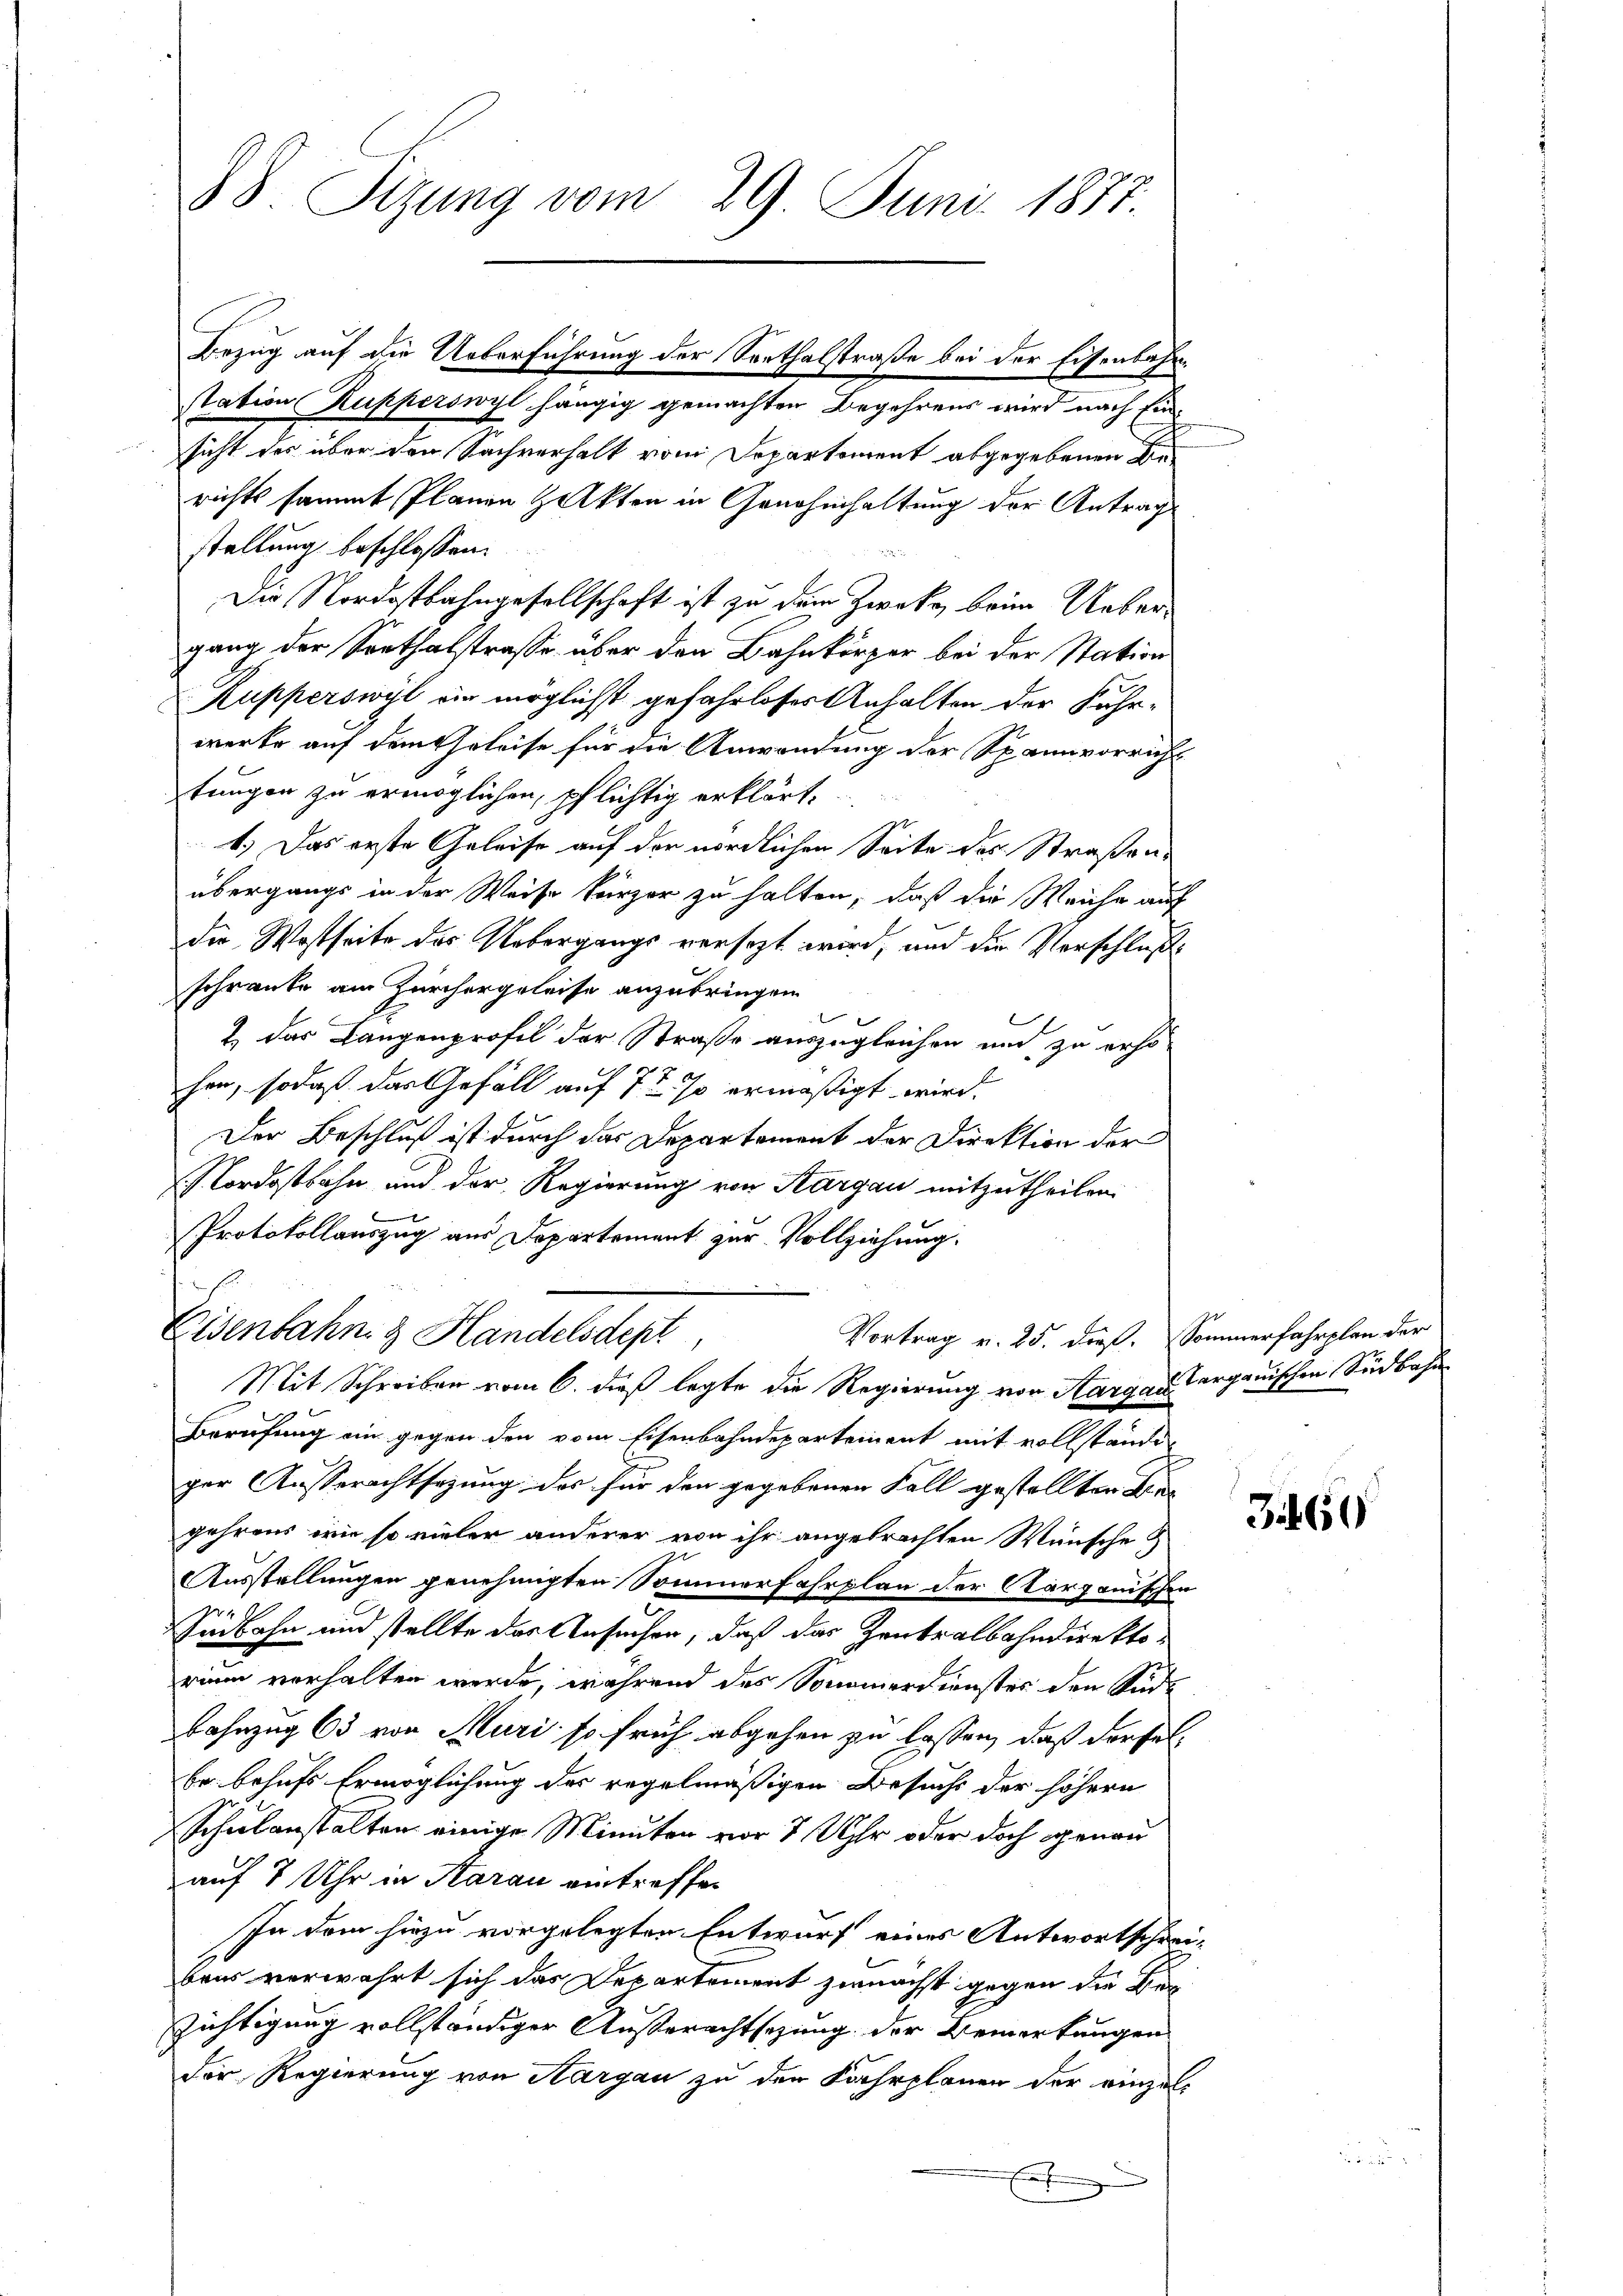
88. Sizung vom 29. Juni 1888.

station Rupperswyl hängig gemachten Begehrens wird nach Einsicht des über den Sachverhalt vom Separtement abgegebenen Berichts sammt Planen Zakten in Genehmhaltung der Antrag
stellung beschlossen:
Die Nordostbahngesellschaft ist zu dem Zwecke beim Uebergang der Sonthalstrasse über den Bahnkörper bei der Station
Kupperswyl wir möglichst gefahrloser Anhalten der Fuhr-
werke auf dem Geleise für die Anwendung der Spannvorricht
tungen zu ermöglichen, pflichtig erklärt,
1.) Das erste Geleise auf der nördlichen Seite des Straßenübergangs in der Weise kurzer zu halten, daß die Weiche auf
die Westseite des Uebergangs versezt wird, und die Verschluße
schränke am Zürchergeleise anzubringen
1 das Langenprofil der Straße auszugleichen und zu erho-
hen, sodaß das Gefäll auf 72 so ermäßigt wird.
Der Beschluß ist durch das Departement der Direktion der
Nordostbahn und der Regierung von Aargau mitzutheilen.

Protokollauszug aus Departement zur Vollziehung.
Eisenbahn & Handelsdept
Vortrag v. 25. dieß. Sommerfahrplan der
Mit Schreiben vom 6. dieß legte die Regierung von Aargau, Cargauischen Südbahn
Berufung ein gegen den vom Eisenbahndepartement mit vollstände
ger Ausserachtsezung des für den gegebenen Fall gestellten Lie
gehrens ein so vieler anderer von ihr angebrachten Wünsche Z
Ausstellungen genehmigten Sommerfahrplan der Cargonischen

Sidbahn und stellte das Ansuchen, daß das Zentralbahndirektorium verhalten werde, während des Sommerdienster den Süde
Bahnzug 63 von Muri so früh abgehen zu lassen, daß dersel¬
Er behufs Ermöglichung des regelmäßigen Besuchs der höhern
Schulanstalten einige Minuten vor 7 Uhr oder doch genau
auf 7 Uhr in Starau eintreffen
In dem hiezu vorgelegten Entwurf eines Antwortschrei-
bens verwahrt sich das Departement zunächst gegen die Bezichtigung vollständiger Außerachtsezung der Bemerkungen
Der Regierung von Aargau zu den Fahrplanen der einzelx

Bezug auf die Ueberführung der Santhalstraße bei der Eisenbahn¬

3169